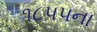
૧૮૫૫ના